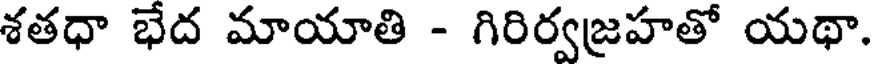
శతధా భేద మాయాతి - గిరిర్వజ్రహతో యథా.